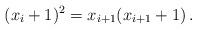
LaTeX: \begin{align*}(x_i + 1)^2 = x_{i+1}(x_{i+1} + 1)\,.\end{align*}